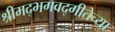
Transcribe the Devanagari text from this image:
श्रीमद्भगवद्गीतेच्या